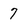
Character: 7